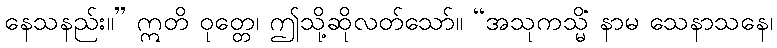
နေသနည်း။” ဣတိ ဝုတ္တေ၊ ဤသို့ဆိုလတ်သော်။ “အသုကသ္မိံ နာမ သေနာသနေ၊